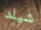
شيلد